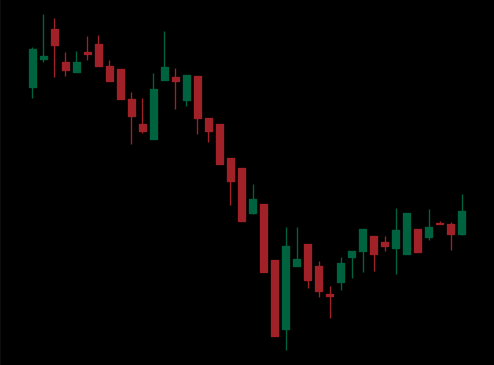
Pattern: bull_flag